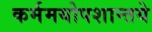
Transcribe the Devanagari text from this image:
कर्ममयोपशान्तये